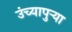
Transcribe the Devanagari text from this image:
उंच्यापुऱ्या